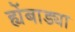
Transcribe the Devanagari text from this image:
ह्येंबाड्या